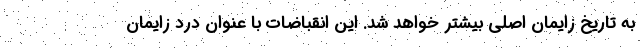
به تاریخ زایمان اصلی بیشتر خواهد شد. این انقباضات با عنوان درد زایمان